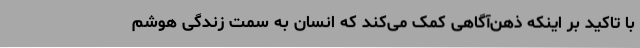
با تاکید بر اینکه ذهن‌آگاهی کمک می‌کند که انسان به سمت زندگی هوشم